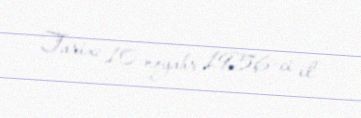
Tarix: 10 noyabr 1956-ci il